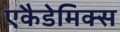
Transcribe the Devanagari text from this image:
एकैडेमिक्स